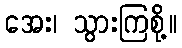
အေး၊ သွားကြစို့။